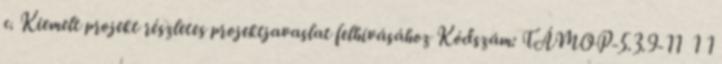
c. Kiemelt projekt részletes projektjavaslat felhívásához Kódszám: TÁMOP-5.3.9-11 1 1